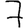
Digit: 7